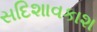
સદિશાવકાશ